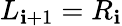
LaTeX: L_{\mathbf{i}+1}=R_{\mathbf{i}}